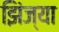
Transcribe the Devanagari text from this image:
झिंज्या